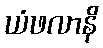
ယံဖလာနိ